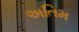
અતિમ